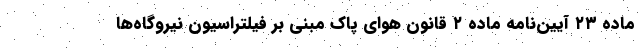
ماده ۲۳ آیین‌نامه ماده ۲ قانون هوای پاک مبنی بر فیلتراسیون نیروگاه‌ها